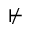
\nvdash